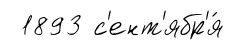
1893 с'ент'ябр'я́